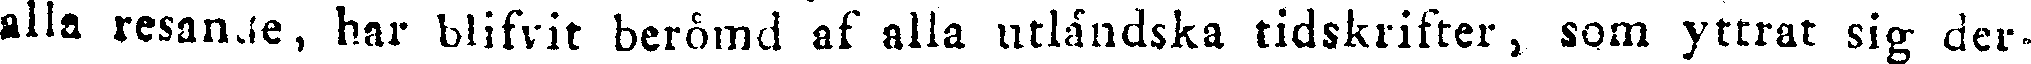
alla resande, har blifvit berömd af alla utländska tidskrifter, som yttrat sig der-